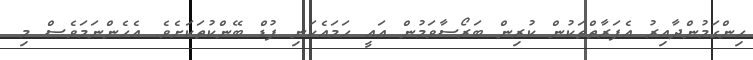
ހިންގަމުންދާއިރު އެފަރާތްތަކުން ކުރިން ބަރޯސާވަމުން އައީ ހަމައެކަނި ފުޑް ބޭންކުތަކަށެވެ. އެހެންނަމަވެސް މި